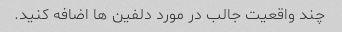
چند واقعیت جالب در مورد دلفین ها اضافه کنید.